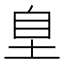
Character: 𭎗